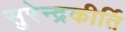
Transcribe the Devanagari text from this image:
सुरेन्द्रकीर्ति